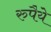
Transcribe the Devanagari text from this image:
रुपैये